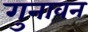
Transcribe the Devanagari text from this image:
गुनावन